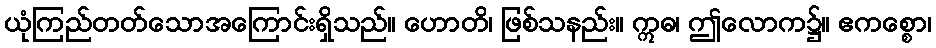
ယုံကြည်တတ်သောအကြောင်းရှိသည်။ ဟောတိ၊ ဖြစ်သနည်း။ ဣဓ၊ ဤလောက၌။ ဧကစ္စော၊